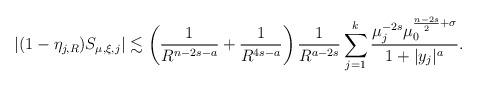
LaTeX: \begin{align*}\left|(1 - \eta_{j, R})S_{\mu, \xi, j}\right|\lesssim \left(\frac{1}{R^{n-2s-a}}+\frac{1}{R^{4s-a}}\right)\frac{1}{R^{a-2s}}\sum_{j=1}^k\frac{\mu_j^{-2s}\mu_0^{\frac{n-2s}{2}+\sigma}}{1+|y_j|^{a}}.\end{align*}